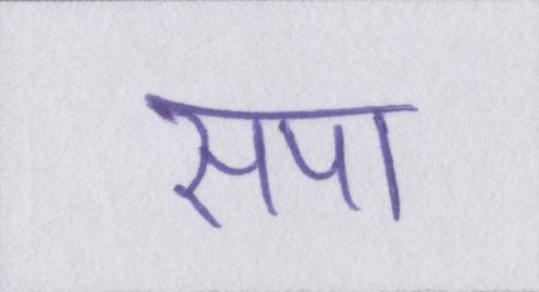
सपा